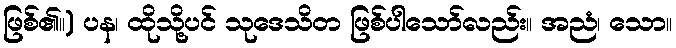
ဖြစ်၏။) ပန၊ ထိုသို့ပင် သုဒေသိတ ဖြစ်ပါသော်လည်း။ အညံ၊ သော။